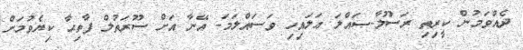
ދެއްވަމުން ކީރިތި ރަސޫލާ-ޞައްލަ ޢަލައިހި ވަސައްލަމަ- އޭނާ އަށް ސޫރަތުލް ފާތިޙާ ކިޔެވުމަށް